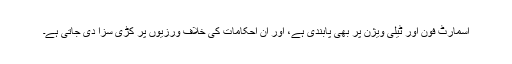
اسمارٹ فون اور ٹیلی ویژن پر بھی پابندی ہے، اور ان احکامات کی خلاف ورزیوں پر کڑی سزا دی جاتی ہے۔